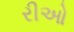
રીઓ